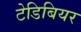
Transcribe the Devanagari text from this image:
टेडिबियर